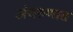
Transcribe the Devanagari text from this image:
अंथरुणात